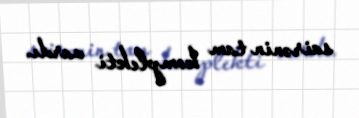
sairənin tam komplekti vardı.